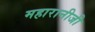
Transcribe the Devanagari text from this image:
महारानीजी